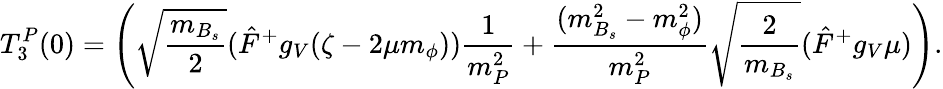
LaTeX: T_{3}^{P}(0)=\left(\sqrt{\frac{m_{B_{s}}}{2}}(\hat{F}^{+}g_{V}(\zeta-2\mu m_{\phi}))\frac{1}{m_{P}^{2}}+\frac{(m_{B_{s}}^{2}-m_{\phi}^{2})}{m_{P}^{2}}\sqrt{\frac{2}{m_{B_{s}}}}(\hat{F}^{+}g_{V}\mu)\right).